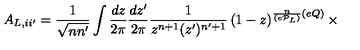
A _ { L , i i ^ { \prime } } = \frac { 1 } { \sqrt { n n ^ { \prime } } } \int \frac { d z } { 2 \pi } \frac { d z ^ { \prime } } { 2 \pi } \frac { 1 } { z ^ { n + 1 } ( z ^ { \prime } ) ^ { n ^ { \prime } + 1 } } \left( 1 - z \right) ^ { \frac { n } { ( e { \cal P } _ { L } ) } ( e Q ) } \times